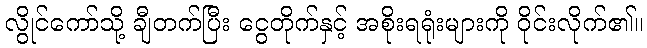
လွိုင်ကော်သို့ ချီတက်ပြီး ငွေတိုက်နှင့် အစိုးရရုံးများကို ဝိုင်းလိုက်၏။